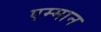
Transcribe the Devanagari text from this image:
एम्मान